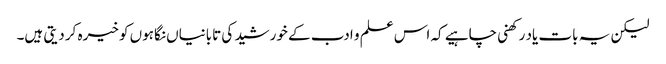
لیکن یہ بات یاد رکھنی چاہیے کہ اس علم و ادب کے خورشید کی تابانیاں نگاہوں کو خیرہ کر دیتی ہیں۔